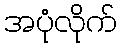
အပုံလိုက်